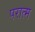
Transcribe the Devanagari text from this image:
परात्म